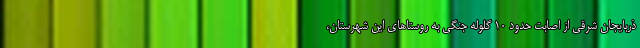
ذربایجان شرقی از اصابت حدود ۱۰ گلوله جنگی به روستاهای این شهرستان،